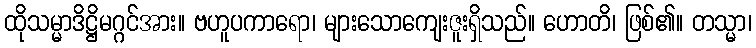
ထိုသမ္မာဒိဋ္ဌိမဂ္ဂင်အား။ ဗဟူပကာရော၊ များသောကျေးဇူးရှိသည်။ ဟောတိ၊ ဖြစ်၏။ တသ္မာ၊